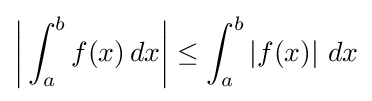
{\biggl |}\int _{a}^{b}f(x)\,dx{\biggr |}\leq \int _{a}^{b}\left|f(x)\right|\,dx